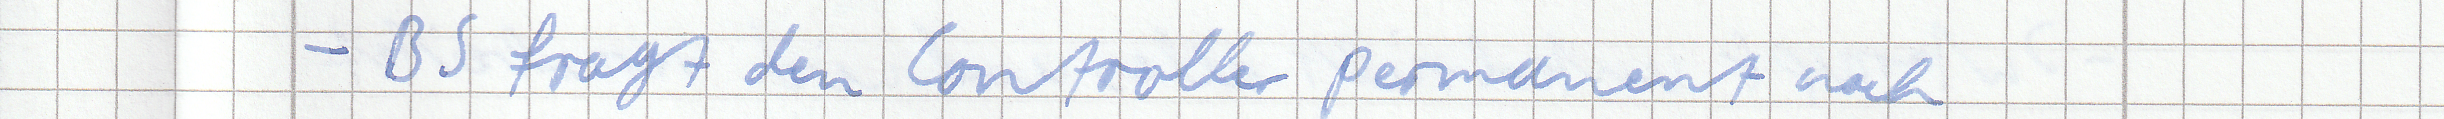
- BS fragt den Controller permanent nach